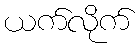
ယက်လိုက်